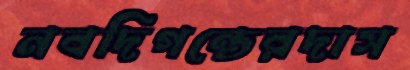
নবদিগন্তেরদাস